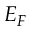
E _ { F }